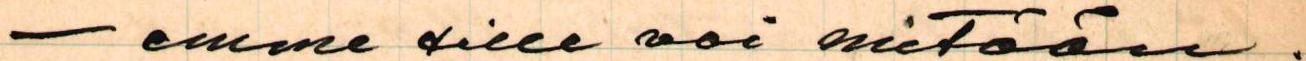
- emme sille voi mitään.